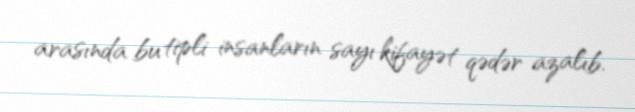
arasında bu tipli insanların sayı kifayət qədər azalıb.